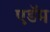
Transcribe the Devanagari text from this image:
एडॅम